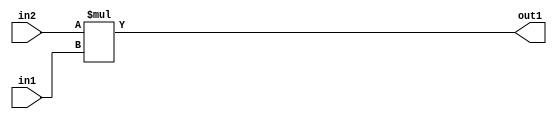
`timescale 1ps / 1ps
/*****************************************************************************
    Verilog RTL Description
    
    
    Created by: Stratus DpOpt 21.05.01 
*******************************************************************************/

module SobelFilter_Mul_6Sx2U_6S_1 (
	in2,
	in1,
	out1
	); /* architecture "behavioural" */ 
input [5:0] in2;
input [1:0] in1;
output [5:0] out1;
wire [5:0] asc001;

assign asc001 = 
	+(in2 * in1);

assign out1 = asc001;
endmodule

/* CADENCE  urn0TQw= : u9/ySxbfrwZIxEzHVQQV8Q== ** DO NOT EDIT THIS LINE ******/